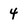
Character: 4